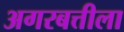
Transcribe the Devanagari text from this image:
अगरबत्तीला